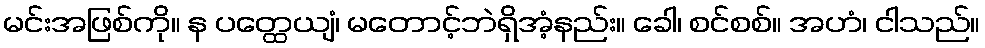
မင်းအဖြစ်ကို။ န ပတ္ထေယျံ၊ မတောင့်ဘဲရှိအံ့နည်း။ ခေါ၊ စင်စစ်။ အဟံ၊ ငါသည်။